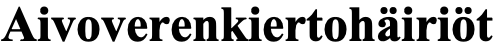
Aivoverenkiertohäiriöt